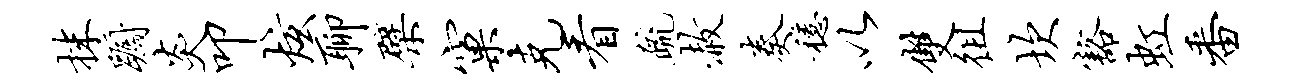
抹蹰炎叩炫聊檗窠克看疏赦奏稳以双徂坎豁虹番